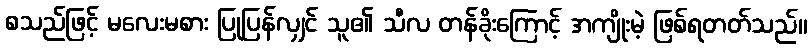
စသည်ဖြင့် မလေးမစား ပြုပြန်လျှင် သူ၏ သီလ တန်ခိုးကြောင့် အကျိုးမဲ့ ဖြစ်ရတတ်သည်။